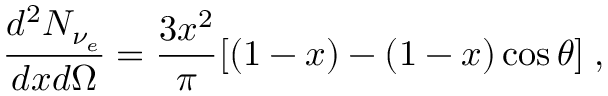
\frac { d ^ { 2 } N _ { \nu _ { e } } } { d x d \Omega } = \frac { 3 x ^ { 2 } } { \pi } [ ( 1 - x ) - ( 1 - x ) \cos \theta ] \; ,